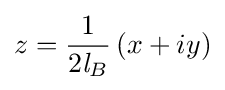
z={1 \over 2{\mathit {l}}_{B}}\left(x+iy\right)